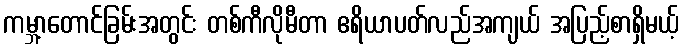
ကမ္ဘာ့တောင်ခြမ်းအတွင်း တစ်ကီလိုမီတာ ဧရိယာပတ်လည်အကျယ် အပြည့်စာရှိမယ့်